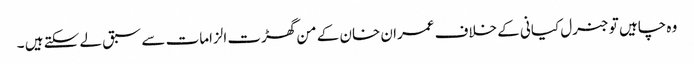
وہ چاہیں تو جنرل کیانی کے خلاف عمران خان کے من گھڑت الزامات سے سبق لے سکتے ہیں ۔